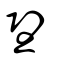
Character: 望